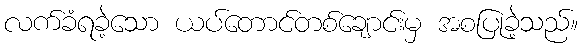
လက်ခံရခဲ့သော ယပ်တောင်တစ်ချောင်းမှ အစပြုခဲ့သည်။